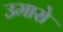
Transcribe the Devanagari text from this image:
उमासे